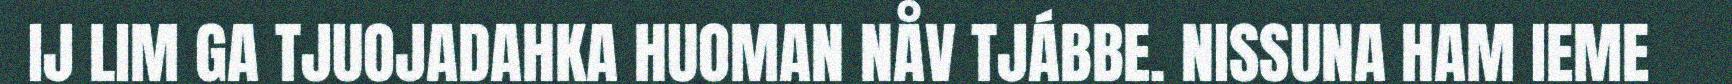
IJ LIM GA TJUOJADAHKA HUOMAN NÅV TJÁBBE. NISSUNA HAM IEME